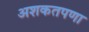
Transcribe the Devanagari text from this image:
अशकतपणा